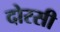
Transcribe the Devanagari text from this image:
दोरसी